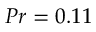
{ P r = 0 . 1 1 }